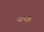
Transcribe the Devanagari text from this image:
वय्न्न